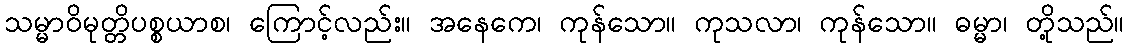
သမ္မာဝိမုတ္တိပစ္စယာစ၊ ကြောင့်လည်း။ အနေကေ၊ ကုန်သော။ ကုသလာ၊ ကုန်သော။ ဓမ္မာ၊ တို့သည်။